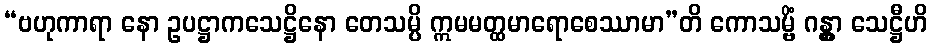
“ဗဟုကာရာ နော ဥပဋ္ဌာကသေဋ္ဌိနော တေသမ္ပိ ဣမမတ္ထမာရောစေဿာမာ”တိ ကောသမ္ဗိံ ဂန္တွာ သေဋ္ဌီဟိ